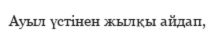
Ауыл үстінен жылқы айдап,